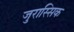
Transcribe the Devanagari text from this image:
जुरास्सिक